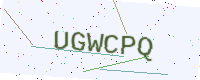
Text: UGWCPQ